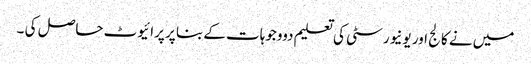
میں نے کالج اور یونیورسٹی کی تعلیم دووجوہات کے بنا پر پرائیوٹ حاصل کی ۔